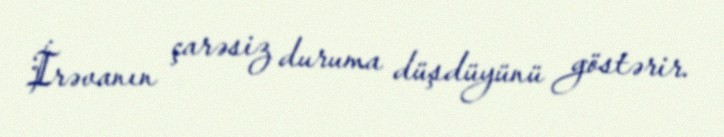
İrəvanın çarəsiz duruma düşdüyünü göstərir.